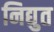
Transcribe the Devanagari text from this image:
निद्युत